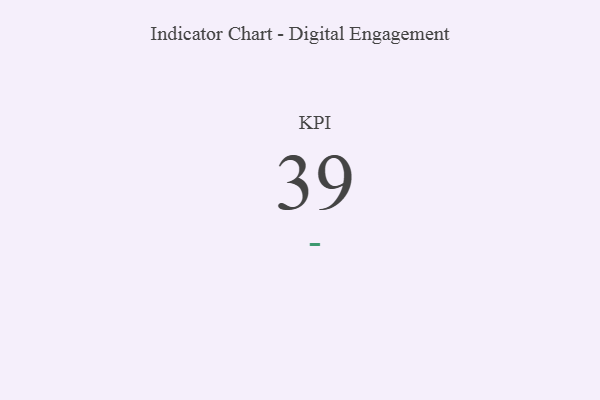
{"axis": {"x": "KPI", "y": "Value"}, "legend": [""], "data": [{"x": "KPI", "y": 39, "type": ""}]}